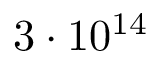
3 \cdot 1 0 ^ { 1 4 }